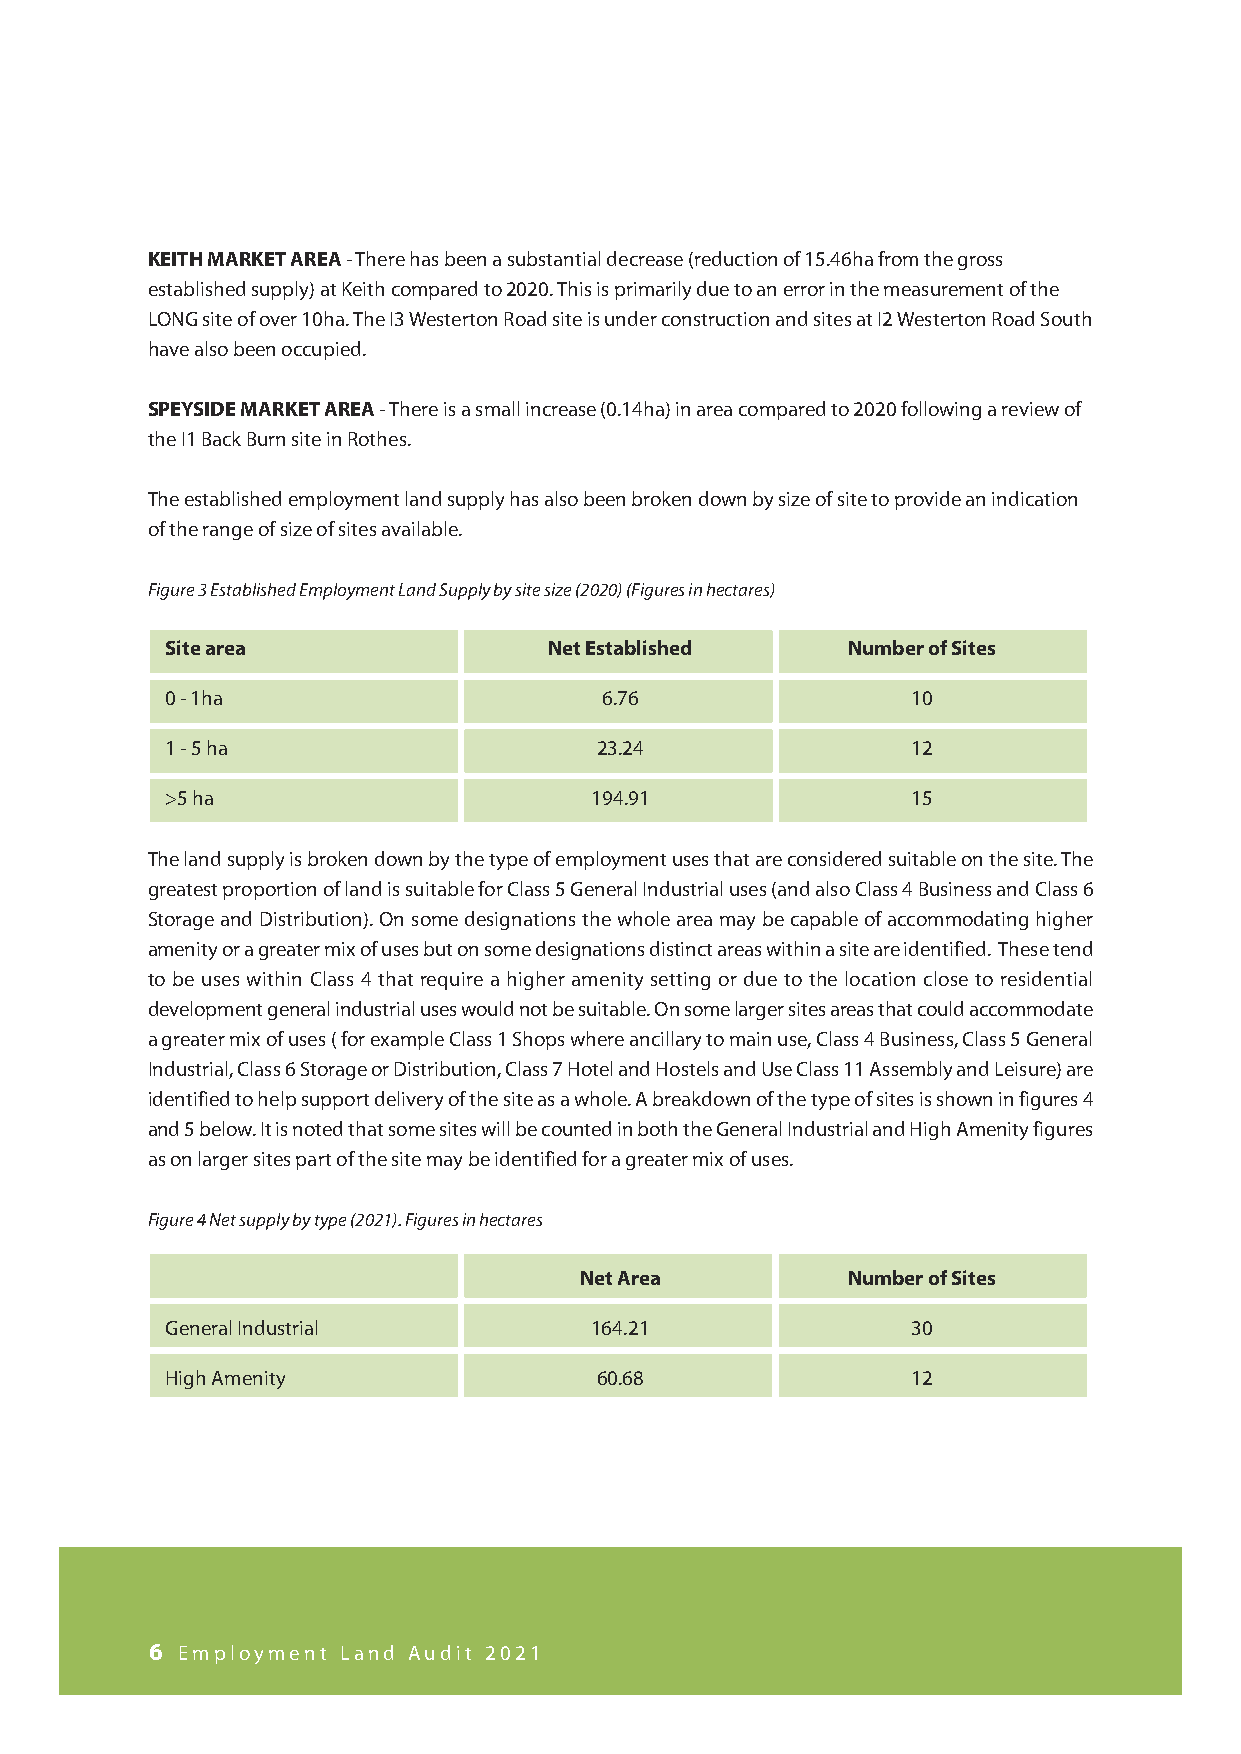
KEITH MARKET AREA - There has been a substantial decrease (reduction of 15.46ha from the gross
 established supply) at Keith compared to 2020. This is primarily due to an error in the measurement of the
 LONG site of over 10ha. The I3 Westerton Road site is under construction and sites at I2 Westerton Road South
 have also been occupied.
 SPEYSIDE MARKET AREA - There is a small increase (0.14ha) in area compared to 2020 following a review of
 the I1 Back Burn site in Rothes.
 The established employment land supply has also been broken down by size of site to provide an indication
 of the range of size of sites available.
 Figure 3 Established Employment Land Supply by site size (2020) (Figures in hectares)
 Site area                Net Established     Number of Sites
 0 - 1ha                      6.76                10
 1 - 5 ha                    23.24                12
 >5 ha                       194.91               15
 The land supply is broken down by the type of employment uses that are considered suitable on the site. The
 greatest proportion of land is suitable for Class 5 General Industrial uses (and also Class 4 Business and Class 6
 Storage and Distribution). On some designations the whole area may be capable of accommodating higher
 amenity or a greater mix of uses but on some designations distinct areas within a site are identified. These tend
 to be uses within Class 4 that require a higher amenity setting or due to the location close to residential
 development general industrial uses would not be suitable. On some larger sites areas that could accommodate
 a greater mix of uses ( for example Class 1 Shops where ancillary to main use, Class 4 Business, Class 5 General
 Industrial, Class 6 Storage or Distribution, Class 7 Hotel and Hostels and Use Class 11 Assembly and Leisure) are
 identified to help support delivery of the site as a whole. A breakdown of the type of sites is shown in figures 4
 and 5 below. It is noted that some sites will be counted in both the General Industrial and High Amenity figures
 as on larger sites part of the site may be identified for a greater mix of uses.
 Figure 4 Net supply by type (2021). Figures in hectares
 Net Area          Number of Sites
 General Industrial          164.21               30
 High Amenity                60.68                12
 6 Employment Land Audit 2021